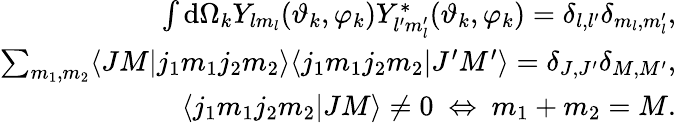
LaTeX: \begin{array}{r}{\int\mathrm{d}\Omega_{k}Y_{lm_{l}}(\vartheta_{k},\varphi_{k})Y_{l^{\prime}m_{l}^{\prime}}^{*}(\vartheta_{k},\varphi_{k})=\delta_{l,l^{\prime}}\delta_{m_{l},m_{l}^{\prime}},}\\ {\sum_{m_{1},m_{2}}\langle JM|j_{1}m_{1}j_{2}m_{2}\rangle\langle j_{1}m_{1}j_{2}m_{2}|J^{\prime}M^{\prime}\rangle=\delta_{J,J^{\prime}}\delta_{M,M^{\prime}},}\\ {\langle j_{1}m_{1}j_{2}m_{2}|JM\rangle\neq 0\ \Leftrightarrow\ m_{1}+m_{2}=M.}\end{array}